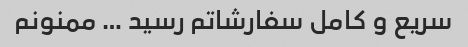
سریع و کامل سفارشاتم رسید … ممنونم